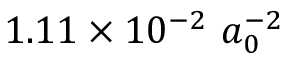
1 . 1 1 \times 1 0 ^ { - 2 } \ a _ { 0 } ^ { - 2 }